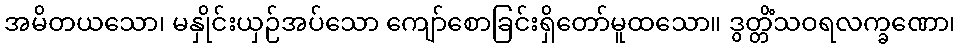
အမိတယသော၊ မနှိုင်းယှဉ်အပ်သော ကျော်စောခြင်းရှိတော်မူထသော။ ဒွတ္တိံသဝရလက္ခဏော၊